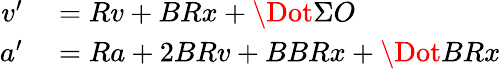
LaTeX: \begin{array}{rl}{v^{\prime}}&{{}=Rv+BRx+\Dot{\Sigma}O}\\ {a^{\prime}}&{{}=Ra+2BRv+BBRx+\Dot{B}Rx}\end{array}